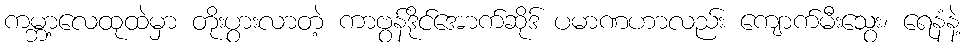
ကမ္ဘာ့လေထုထဲမှာ တိုးပွားလာတဲ့ ကာဗွန်ဒိုင်အောက်ဆိုဒ် ပမာဏဟာလည်း ကျောက်မီးသွေး၊ ရေနံနဲ့